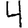
Digit: 4